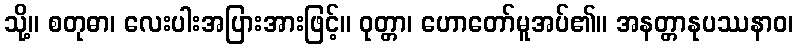
သို့။ စတုဓာ၊ လေးပါးအပြားအားဖြင့်။ ဝုတ္တာ၊ ဟောတော်မူအပ်၏။ အနတ္တာနုပဿနာဝ၊